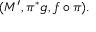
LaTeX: ( M ^ { \prime } , \pi ^ { \ast } g , f \circ \pi ) .